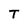
Character: T